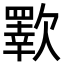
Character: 歝